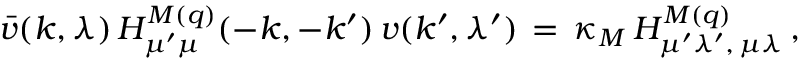
\bar { v } ( k , \lambda ) \, H _ { \mu ^ { \prime } \mu } ^ { M ( q ) } ( - k , - k ^ { \prime } ) \, v ( k ^ { \prime } , \lambda ^ { \prime } ) \, = \, \kappa _ { M } \, { \cal H } _ { \mu ^ { \prime } \lambda ^ { \prime } , \, \mu \lambda } ^ { M ( q ) } \, ,